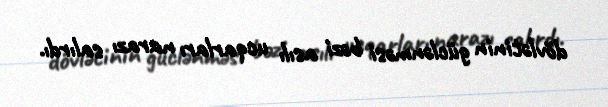
dövlətinin güclənməsi bəzi asılı ucqarları narazı salırdı.